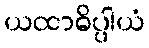
ယထာဓိပ္ပါယံ